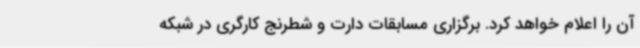
آن را اعلام خواهد کرد. برگزاری مسابقات دارت و شطرنج کارگری در شبکه